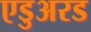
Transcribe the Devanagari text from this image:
एडुअरड